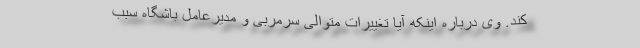
کند. وی درباره اینکه آیا تغییرات متوالی سرمربی و مدیرعامل باشگاه سبب